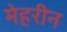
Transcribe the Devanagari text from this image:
मेहरीन